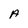
Character: A